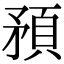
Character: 𥎀